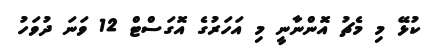
ކުޅޭ މި މެޗު އޮންނާނީ މި އަހަރުގެ އޮގަސްޓް 12 ވަނަ ދުވަހު